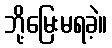
ဘို့မြေးမရခဲ့။